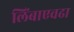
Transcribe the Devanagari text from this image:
लिंबाएवढा